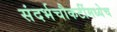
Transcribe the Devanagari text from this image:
संदर्भचौकटींमध्येच